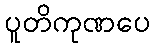
ပူတိကုဏပေ